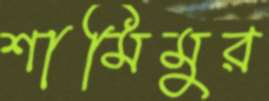
শামিমুর